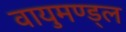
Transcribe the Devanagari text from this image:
वायुमण्ड्ल